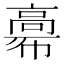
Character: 𩫒